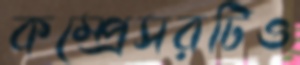
কম্প্রেসরটিও